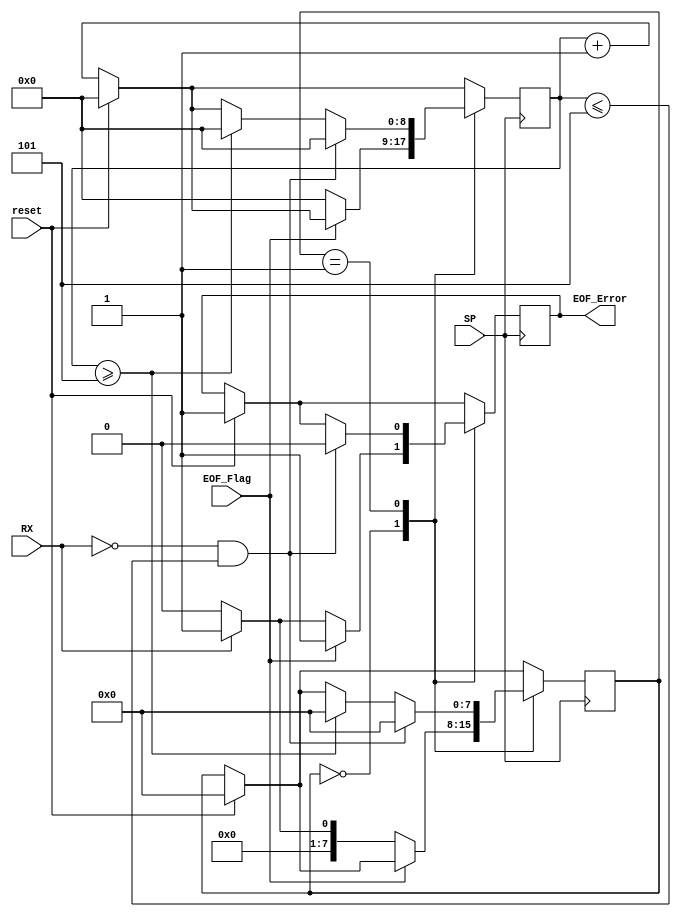
module EOF_Error_Block(
	
	input reset, SP, RX, EOF_Flag,
   output reg EOF_Error
   
	);

reg [7:0] estado_atual;
reg [8:0] cont;
reg [8:0] i = 0 ;

parameter sts1 = 0;
parameter sts2 = 1;
parameter sts3 = 2;

initial cont = 9'd0;
initial EOF_Error = 1'b1;
initial estado_atual = 8'd0;

always@(posedge SP)begin

	cont <= cont + 9'd1;
      
	if (reset) begin
        estado_atual <= sts1;
        EOF_Error <= 1'b1;
		  cont <= 9'd0;
   end
	
  	case(estado_atual)
		sts1: begin			//Waiting for EOF area
			EOF_Error <= 1'b1; 
			if(EOF_Flag == 1'b1)begin
				//$display("Esperando flag ativar");
			end
			if(EOF_Flag == 1'b0)begin  //Se a FLAG estiver em 0, j estamos no primeiro bit do EOF!!!
				if(RX == 0)begin 			//EOF Error found
					$display("Erro encontrado no EOF");
					EOF_Error <= 1'b0;
					cont <= 9'd0;
					estado_atual <= sts1;
          	end
				else begin
					$display("Estou verificando o EOF 1");
					estado_atual <= sts2;
					cont <= 9'd0;
				end
			end
      end
      sts2: begin  	//EOF Area SEGUNDO BIT\\\\\\\\\\\\\\\\\\\\\\\\\\\\\\\\
			if(cont <= 9'd5) begin
				$display("Estou verificando o EOF %d", cont+2);
			end
			if(cont >= 9'd5) begin
				cont <= 9'd0;
				estado_atual <= sts1;
			end
			if(RX == 0 && cont <= 5)begin //EOF Error found
				$display("Erro encontrado");
				EOF_Error <= 1'b0;
            cont <= 9'd0;
            estado_atual <= sts1;
			end
      end
   endcase
end
endmodule